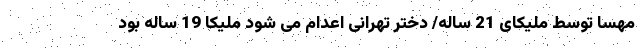
مهسا توسط ملیکای 21 ساله/ دختر تهرانی اعدام می شود ملیکا 19 ساله بود